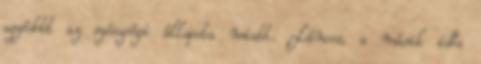
aggódott az egészségi állapota miatt. Láncos, a másik idős